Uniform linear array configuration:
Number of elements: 32
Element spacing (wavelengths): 1
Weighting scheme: hann
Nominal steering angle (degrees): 30
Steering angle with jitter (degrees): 29.537
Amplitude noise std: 0.05
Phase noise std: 0.05

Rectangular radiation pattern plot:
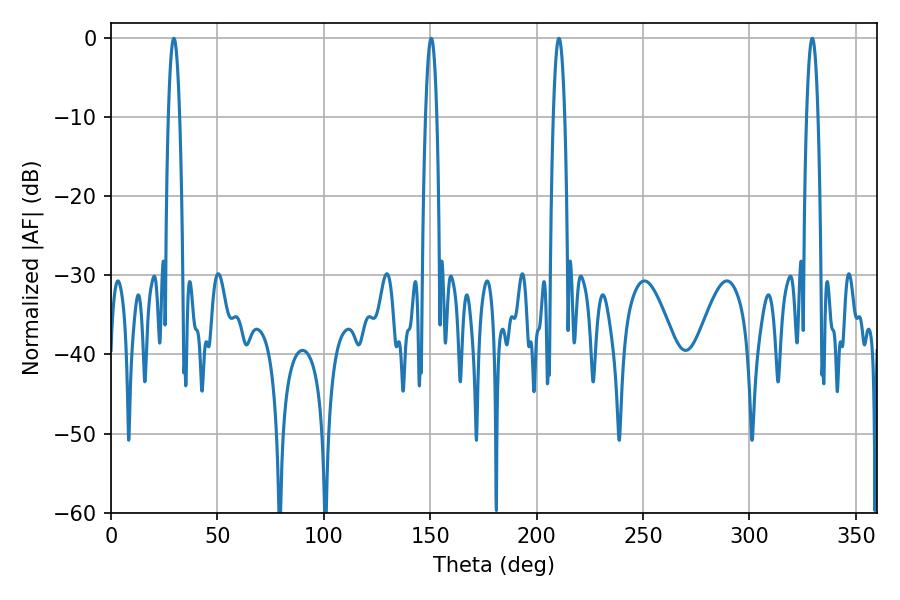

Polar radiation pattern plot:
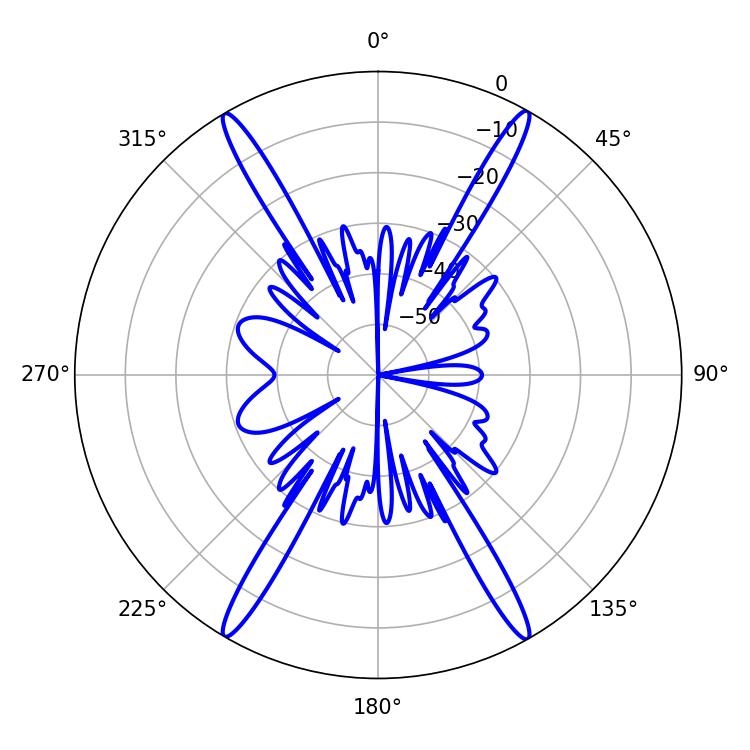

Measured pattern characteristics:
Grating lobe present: TRUE
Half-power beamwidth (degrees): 2.88
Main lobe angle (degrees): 29.52